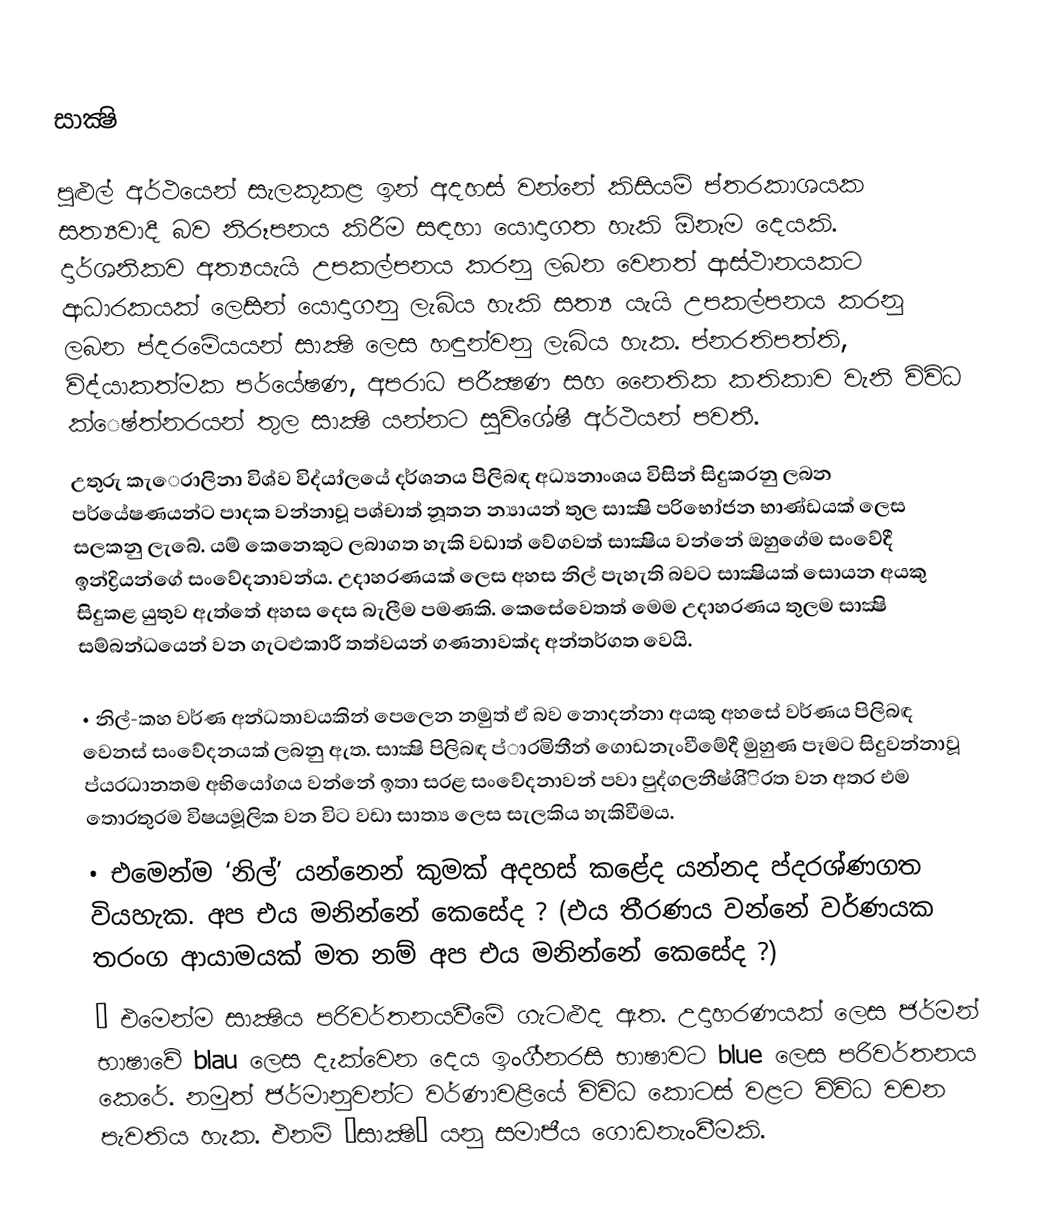
සාක්‍ෂි

පුළුල් අර්ථයෙන් සැලකූකළ ඉන් අදහස් වන්නේ කිසියම් ප්ත‍රකාශයක සත්‍යවාදී බව නිරූපනය කිරීම සඳහා යොදාගත හැකි  ඕනෑම දෙයකි. දාර්ශනිකව අත්‍යයැයි උපකල්පනය කරනු ලබන වෙනත් ආස්ථානයකට ආධාරකයක් ලෙසින් යොදාගනු ලැබිය හැකි සත්‍ය යැයි උපකල්පනය කරනු ලබන ප්ද‍රමේයයන් සාක්‍ෂි ලෙස හඳුන්වනු ලැබිය හැක. ප්න‍රතිපත්ති, විද්යාකත්මක පර්යේෂණ, අපරාධ පරීක්‍ෂණ සහ නෛතික කතිකාව වැනි විවිධ ක්ෙෂ්ත්න‍රයන් තුල සාක්‍ෂි යන්නට සුවිශේෂී අර්ථයන් පවතී.
උතුරු කැෙරාලිනා විශ්ව විද්යා්ලයේ දර්ශනය පිලිබඳ අධ්‍යනාංශය විසින් සිදුකරනු ලබන පර්යේෂණයන්ට පාදක වන්නාවූ පශ්චාත් නූතන න්‍යායන් තුල සාක්‍ෂි පරිභෝජන භාණ්ඩයක් ලෙස සලකනු ලැබේ. යම් කෙනෙකුට ලබාගත හැකි වඩාත් වේගවත් සාක්‍ෂිය වන්නේ ඔහුගේම සංවේදී ඉන්ද්‍රියන්ගේ සංවේදනාවන්ය. උදාහරණයක් ලෙස අහස නිල් පැහැති බවට සාක්‍ෂියක් සොයන අයකු සිදුකළ යුතුව ඇත්තේ අහස දෙස බැලීම පමණකි. කෙසේවෙතත් මෙම උදාහරණය තුලම සාක්‍ෂි සම්බන්ධයෙන් වන ගැටළුකාරී තත්වයන් ගණනාවක්ද අන්තර්ගත වෙයි.

• නිල්-කහ වර්ණ අන්ධතාවයකින් පෙලෙන නමුත් ඒ බව නොදන්නා අයකු අහසේ වර්ණය පිලිබඳ වෙනස් සංවේදනයක් ලබනු ඇත. සාක්‍ෂි පිලිබඳ ප්ා‍රමිතීන් ගොඩනැංවීමේදී මුහුණ පෑමට සිදුවන්නාවූ ප්ය‍රධානතම අභියෝගය වන්නේ ඉතා සරළ සංවේදනාවන් පවා පුද්ගලනීෂ්ශි්ි‍රත වන අතර එම තොරතුරම විෂයමූලික වන විට වඩා සාත්‍ය ලෙස සැලකිය හැකිවීමය.
• එමෙන්ම ‘නිල්’ යන්නෙන් කුමක් අදහස් කළේද යන්නද ප්ද‍රශ්ණගත වියහැක. අප එය මනින්නේ කෙසේද ? (එය තීරණය වන්නේ වර්ණයක තරංග ආයාමයක් මත නම් අප එය මනින්නේ කෙසේද ?)
• එමෙන්ම සාක්‍ෂිය පරිවර්තනයවීමේ ගැටළුද ඇත. උදාහරණයක් ලෙස ජර්මන් භාෂාවේ  blau ලෙස දැක්වෙන දෙය ඉංගී්න‍රසි භාෂාවට blue ලෙස පරිවර්තනය කෙරේ. නමුත් ජර්මානුවන්ට වර්ණාවළියේ විවිධ කොටස් වළට විවිධ වචන පැවතිය හැක. එනම් ‘සාක්‍ෂි’ යනු සමාජීය ගොඩනැංවීමකි.